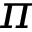
\pi